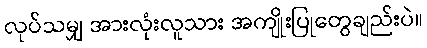
လုပ်သမျှ အားလုံးလူသား အကျိုးပြုတွေချည်းပဲ။